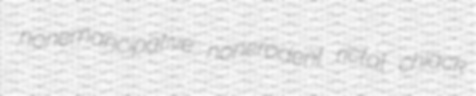
nonemancipative nonerodent rictal chiack